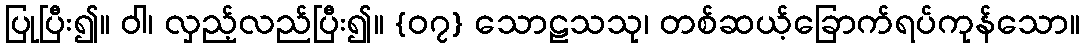
ပြုပြီး၍။ ဝါ၊ လှည့်လည်ပြီး၍။ {၀၇} သောဠသသု၊ တစ်ဆယ့်ခြောက်ရပ်ကုန်သော။